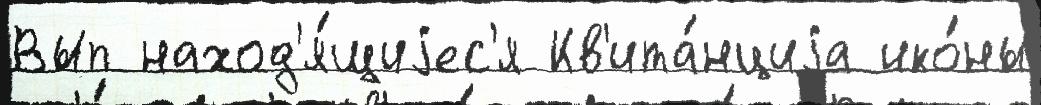
Вып наход'я́щиjес'я Кв'ита́нциjа ико́ны